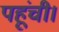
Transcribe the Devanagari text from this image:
पहूंची।